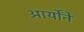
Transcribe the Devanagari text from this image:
आर्योंने